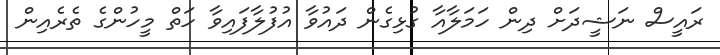
ރައީސް ނަޝީދަށް ދިން ހަމަލާއާ ގުޅިގެން ދައުވާ އުފުލާފައިވާ ހަތް މީހުންގެ ތެރެއިން